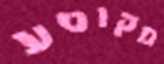
מקוטע